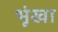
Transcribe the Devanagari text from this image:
भूंखा